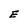
Character: E